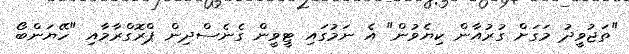
"ތަޖުވީދު މަގަށް ގުރުއާން ކިޔެވުން" އެ ނަމުގައި ޓީވީން ގެނެސްދިން ޕްރޮގްރާމާއި "ހޭޔަންބޯ